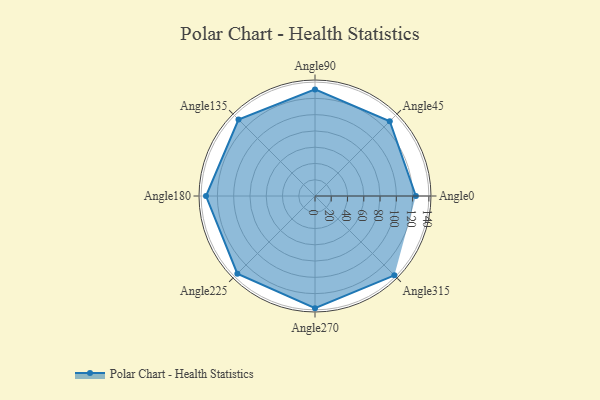
{"axis": {"x": "Angle", "y": "Radius"}, "legend": [""], "data": [{"x": "Angle0", "y": 124.0, "type": ""}, {"x": "Angle45", "y": 130.0, "type": ""}, {"x": "Angle90", "y": 131.0, "type": ""}, {"x": "Angle135", "y": 133.0, "type": ""}, {"x": "Angle180", "y": 134.0, "type": ""}, {"x": "Angle225", "y": 135.0, "type": ""}, {"x": "Angle270", "y": 138.0, "type": ""}, {"x": "Angle315", "y": 138.0, "type": ""}]}